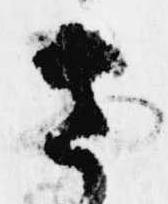
さ